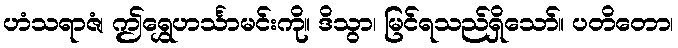
ဟံသရာဇံ၊ ဤရွှေဟင်္သာမင်းကို။ ဒိသွာ၊ မြင်ရသည်ရှိသော်။ ပတိတော၊